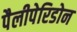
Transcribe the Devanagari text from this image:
पैलीपेरिडोन